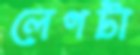
লেগটা